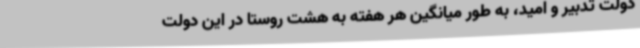
دولت تدبیر و امید، به طور میانگین هر هفته به هشت روستا در این دولت